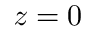
z = 0